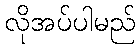
လိုအပ်ပါမည်